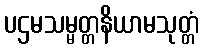
ပဌမသမ္မတ္တနိယာမသုတ္တံ